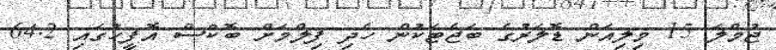
ޖުމްލަ 15 މިލިއަން ޑޮލަރުގެ ބަޖެޓަކުން ހެދި ފިލްމަށް ބޮކްސް އޮފީހުގައި 64.2